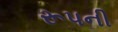
રૂપની